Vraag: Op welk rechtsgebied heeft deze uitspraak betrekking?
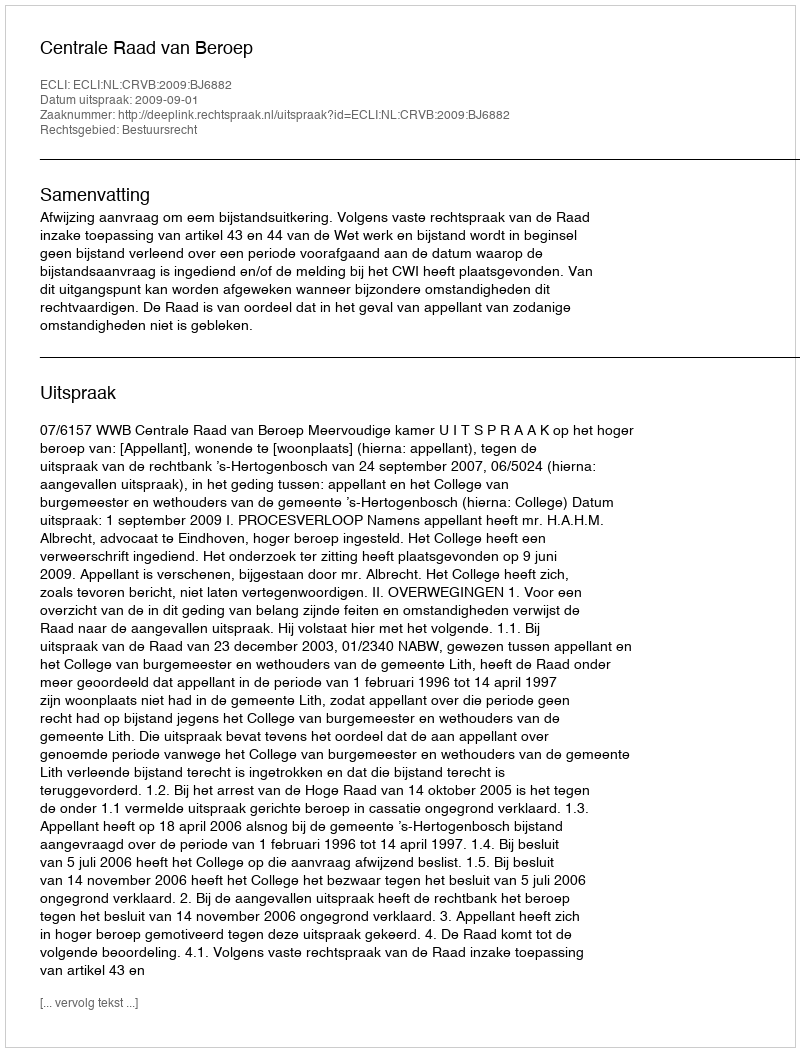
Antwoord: Bestuursrecht